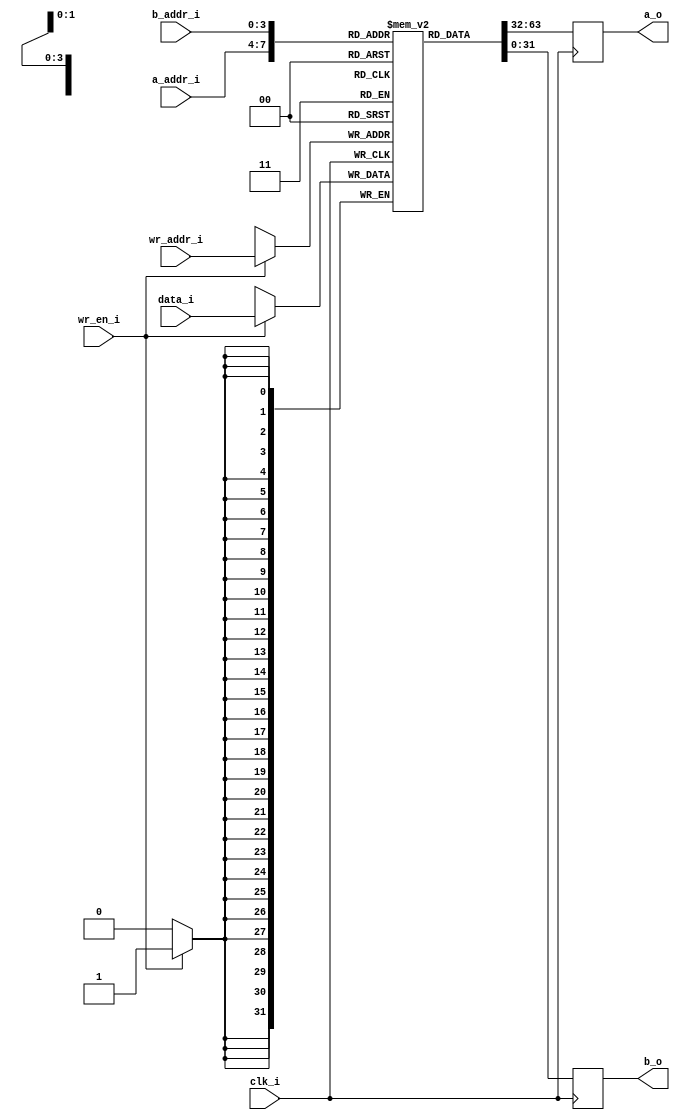
module register_file(
        input wire clk_i
      , input wire [3:0] a_addr_i
      , input wire [3:0] b_addr_i
      , input wire wr_en_i
      , input wire [3:0] wr_addr_i
      , input wire [31:0] data_i
      , output reg [31:0] a_o
      , output reg [31:0] b_o );

  reg [31:0] registers [15:0];

  integer i;
  initial begin
    for ( i = 0; i < 15; i=i+1 )
      registers[i] <= i;
  end

  always @(posedge clk_i) begin
    a_o <= registers[a_addr_i];
    b_o <= registers[b_addr_i];
    if ( wr_en_i ) begin
		//for ( i = 0; i < 16; i = i + 1 )
			//if ( i == wr_addr_i )
				registers[wr_addr_i] <= data_i;
			//else
				//registers[i] <= registers[i];
	end
		/*else
			for ( i = 0; i < 16; i = i + 1 )
				registers[i] <= registers[i];*/

  end

endmodule